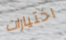
اختيارات